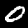
Label: 0